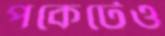
পকেটেও